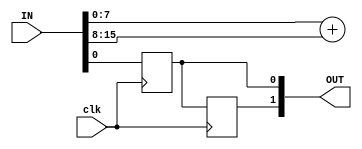
module add(IN, OUT, clk);
	// FPGA IOs (for standard test IO harness)
    input [127:0] IN;
	output reg [127:0] OUT;
    input clk;

    // Test circut IO wires
    wire [7:0] A, B;
	wire [7:0] O;
    reg R0, R0_1;

    // Assign to FPGA IO
    assign A = IN[7:0];
    assign B = IN[15:8];
    always @(*) begin
        //OUT = 0;
        OUT[39:32] = O;
        OUT[0] = R0_1;
        OUT[1] = R0;
    end
    
	always @(posedge clk) begin
			R0_1 <= A[0];
            R0 <= R0_1;
	end

    assign O = A + B;

endmodule